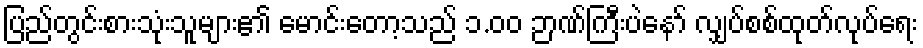
ပြည်တွင်းစားသုံးသူများ၏ မောင်းတော့သည် ၁.၀၀ ဉာဏ်ကြီးပဲနော် လျှပ်စစ်ထုတ်လုပ်ရေး